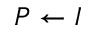
P \gets I